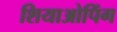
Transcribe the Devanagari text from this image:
शियाओपिंग